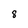
Character: 8